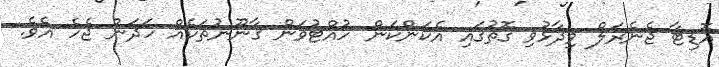
އޮޑިޓާ ޖެނެރަލް ވިދާޅުވި ގޮތުގައި އެކަންކަން ހުއްޓުވަން ގާނޫނުތަކެއް ހަދަން ޖެހެ އެވެ.